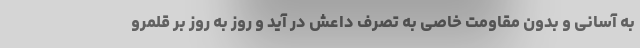
به آسانی و بدون مقاومت خاصی به تصرف داعش در آید و روز به روز بر قلمرو